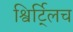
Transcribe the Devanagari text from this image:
श्विर्ट्लिच